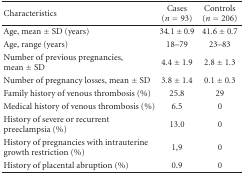
<table><thead><tr><td><b>Characteristics</b></td><td><b>Cases (<i>n</i> = 93)</b></td><td><b>Controls (<i>n</i> = 206)</b></td></tr></thead><tbody><tr><td>Age, mean ± SD (years)</td><td>34.1 ± 0.9</td><td>41.6 ± 0.7</td></tr><tr><td>Age, range (years)</td><td>18–79</td><td>23–83</td></tr><tr><td>Number of previous pregnancies, mean ± SD</td><td>4.4 ± 1.9</td><td>2.8 ± 1.3</td></tr><tr><td>Number of pregnancy losses, mean ± SD</td><td>3.8 ± 1.4</td><td>0.1 ± 0.3</td></tr><tr><td>Family history of venous thrombosis (%)</td><td>25.8</td><td>29</td></tr><tr><td>Medical history of venous thrombosis (%)</td><td>6.5</td><td>0</td></tr><tr><td>History of severe or recurrent preeclampsia (%)</td><td>13.0</td><td>0</td></tr><tr><td>History of pregnancies with intrauterine growth restriction (%)</td><td>1,9</td><td>0</td></tr><tr><td>History of placental abruption (%)</td><td>0.9</td><td>0</td></tr></tbody></table>